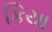
કિયા